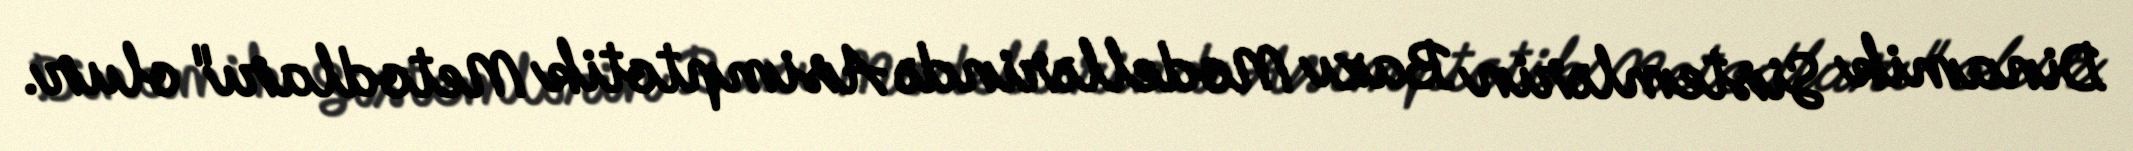
Dinamik Sistemlərin Bazı Modellərində Asimptotik Metodları" olur.